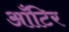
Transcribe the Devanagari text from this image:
आँटिर